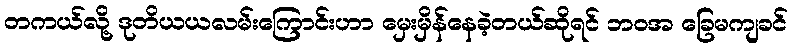
တကယ်လို့ ဒုတိယယလမ်းကြောင်းဟာ မှေးမှိန်နေခဲ့တယ်ဆိုရင် ဘဝအ ခြေမကျခင်